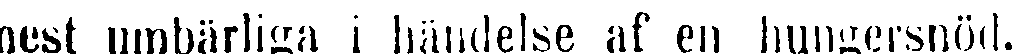
mest umbärliga i händelse af en hungersnöd.